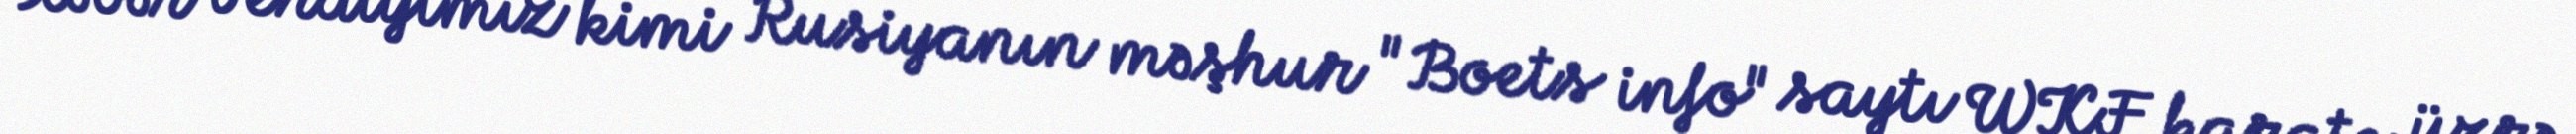
Xəbər verdiyimiz kimi Rusiyanın məşhur "Boets info" saytı WKF karate üzrə